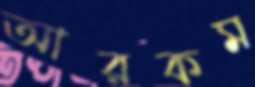
আরকম